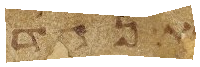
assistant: אחד